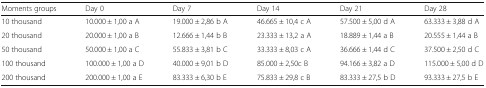
<table><thead><tr><td><b>Moments groups</b></td><td><b>Day 0</b></td><td><b>Day 7</b></td><td><b>Day 14</b></td><td><b>Day 21</b></td><td><b>Day 28</b></td></tr></thead><tbody><tr><td>10 thousand</td><td>10.000 ± 1,00 a A</td><td>19.000 ± 2,86 b A</td><td>46.665 ± 10,4 c A</td><td>57.500 ± 5,00 d A</td><td>63.333 ± 3,88 d A</td></tr><tr><td>20 thousand</td><td>20.000 ± 1,00 a B</td><td>12.666 ± 1,44 b B</td><td>23.333 ± 13,2 a A</td><td>18.889 ± 1,44 a B</td><td>20.555 ± 1,44 a B</td></tr><tr><td>50 thousand</td><td>50.000 ± 1,00 a C</td><td>55.833 ± 3,81 b C</td><td>33.333 ± 8,03 c A</td><td>36.666 ± 1,44 d C</td><td>37.500 ± 2,50 d C</td></tr><tr><td>100 thousand</td><td>100.000 ± 1,00 a D</td><td>40.000 ± 9,01 b D</td><td>85.000 ± 2,50c B</td><td>94.166 ± 3,82 a D</td><td>115.000 ± 5,00 d D</td></tr><tr><td>200 thousand</td><td>200.000 ± 1,00 a E</td><td>83.333 ± 6,30 b E</td><td>75.833 ± 29,8 c B</td><td>83.333 ± 27,5 b D</td><td>93.333 ± 27,5 b E</td></tr></tbody></table>